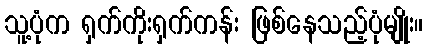
သူ့ပုံက ရှက်ကိုးရှက်ကန်း ဖြစ်နေသည့်ပုံမျိုး။